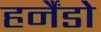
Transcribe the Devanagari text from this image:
हर्नैंडो